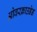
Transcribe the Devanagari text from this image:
ओवरक्राउडेड